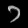
Digit: ၁